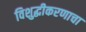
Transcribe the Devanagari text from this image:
विशुद्धीकरणाचा